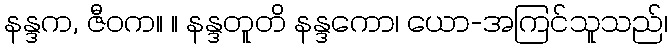
နန္ဒက, ဇီဝက။ ။ နန္ဒတူတိ နန္ဒကော၊ ယော-အကြင်သူသည်၊